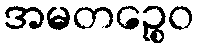
အမတဉ္စေဝ